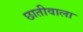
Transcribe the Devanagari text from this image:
छातीवाला